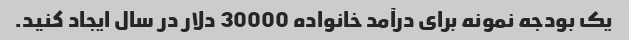
یک بودجه نمونه برای درآمد خانواده 30000 دلار در سال ایجاد کنید.